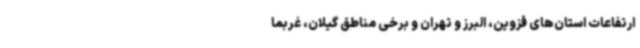
ارتفاعات استان‌های قزوین، البرز و تهران و برخی مناطق گیلان، غربما